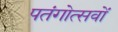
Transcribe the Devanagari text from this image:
पतंगोत्सवों